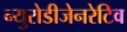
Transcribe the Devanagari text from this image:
न्युरोडीजेनरेटिव